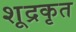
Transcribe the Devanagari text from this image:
शूद्रकृत